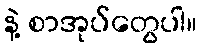
နဲ့ စာအုပ်တွေပါ။